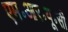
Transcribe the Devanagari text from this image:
एम॰आर॰यू॰सी